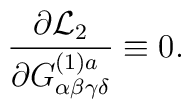
\frac{\partial {\cal L}_{2}}{\partial G^{(1)a}_{\alpha\beta\gamma\delta}}\equiv 0 .